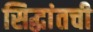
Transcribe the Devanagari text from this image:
सिद्धांतची